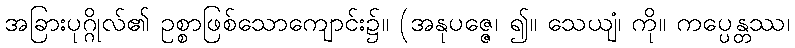
အခြားပုဂ္ဂိုလ်၏ ဥစ္စာဖြစ်သောကျောင်း၌။ (အနုပဇ္ဇေ၊ ၍။ သေယျံ၊ ကို။ ကပ္ပေန္တဿ၊